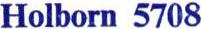
Holborn 5708